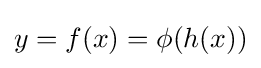
y=f(x)=\phi (h(x))